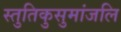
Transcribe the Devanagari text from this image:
स्तुतिकुसुमांजलि